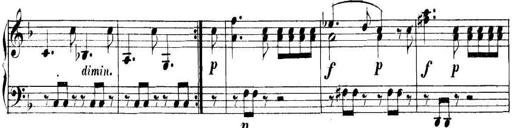
Title: Collected Piano Sonatas
Composer: Muzio Clementi